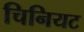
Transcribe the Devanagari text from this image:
चिनियट